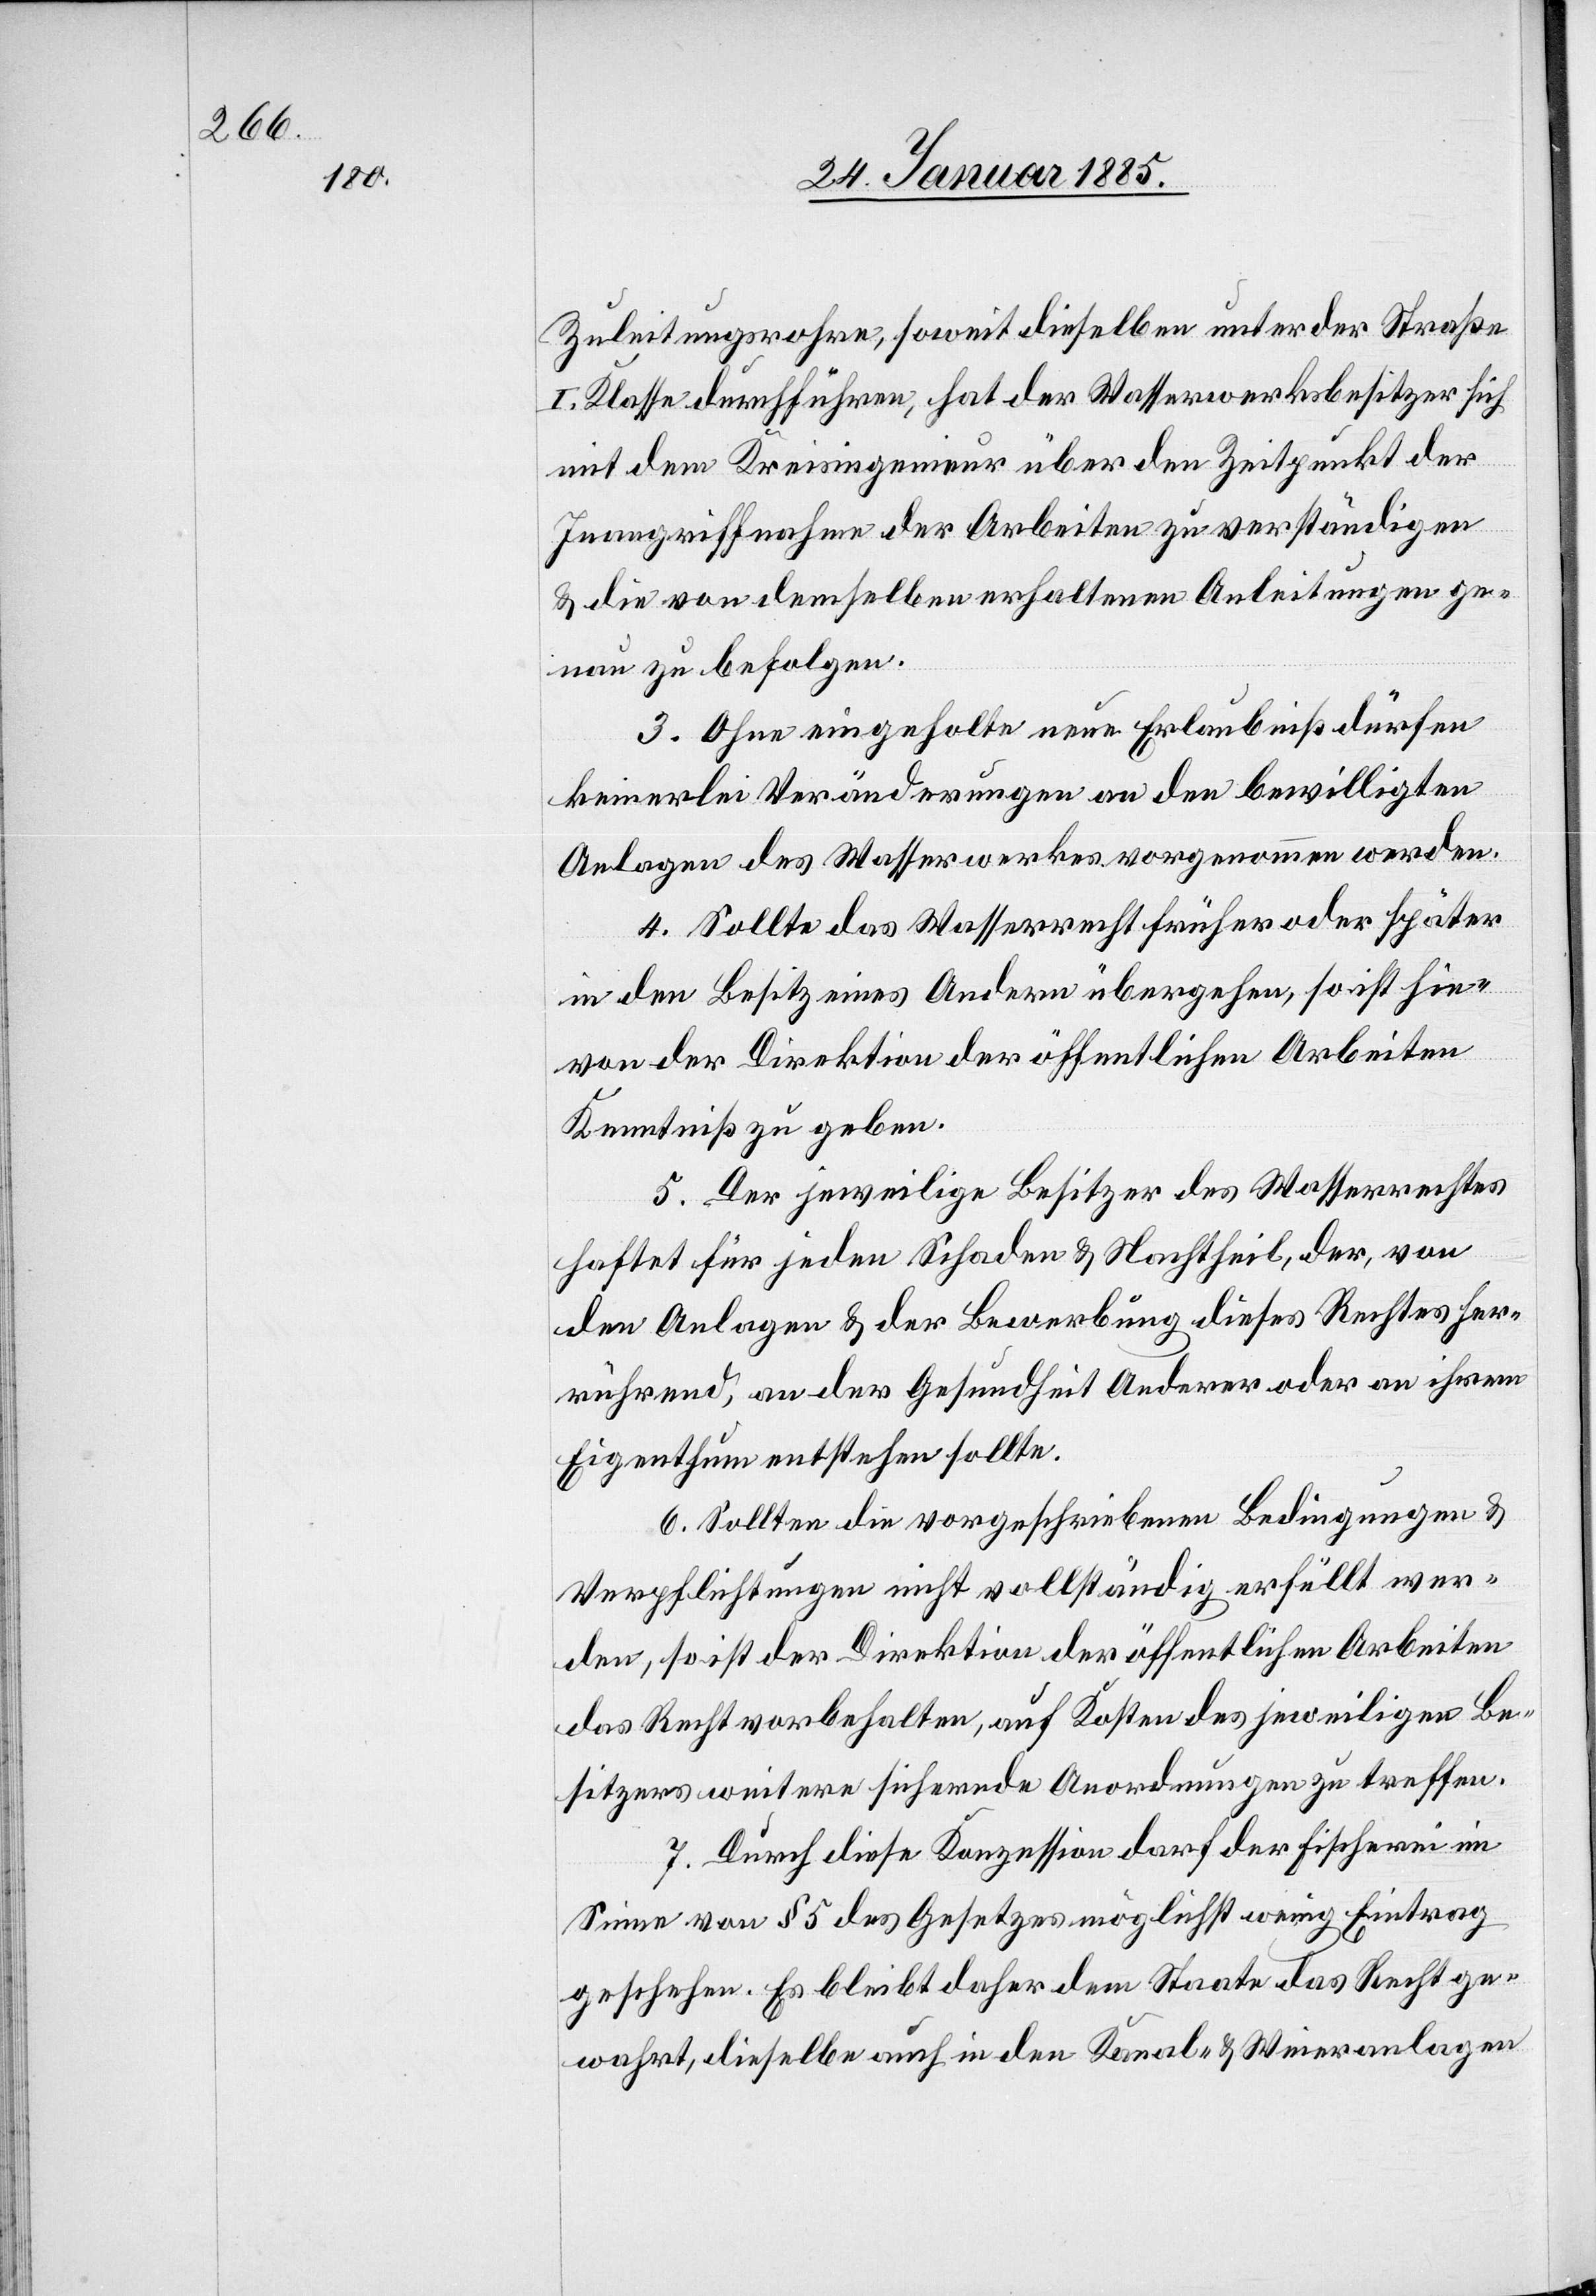
Zuleitungsohre, soweit dieselben unter der Straße
I. Klasse durchführen, hat der Wasserwerksbesitzer sich
mit dem Kreisingenieur über den Zeitpunkt der
Inangriffnahme der Arbeiten zu verständigen
& die von demselben erhaltenen Anleitungen ge¬
nau zu befolgen.
3. Ohne eingeholte neue Erlaubniß dürfen
keinerlei Veränderungen an den bewilligten
Anlagen des Wasserwerks vorgenommen werden.
4. Sollte das Wasserrecht früher oder später
in den Besitz eines Andern übergehen, so ist hie¬
von der Direktion der öffentlichen Arbeiten
Kenntniß zu geben.
5. Der jeweilige Besitzer des Wasserrechtes
haftet für jeden Schaden & Nachtheil, der, von
den Anlagen & der Bewerbung dieses Rechtes her¬
rührend, an der Gesundheit Anderer oder an ihrem
Eigenthum entstehen sollte.
6. Sollten die vorgeschriebenen Bedingungen &
Verpflichtungen nicht vollständig erfüllt wer¬
den, so ist der Direktion der öffentlichen Arbeiten
das Recht vorbehalten, auf Kosten des jeweiligen Be¬
sitzers weitere sichernde Anordnungen zu treffen.
7. Durch diese Konzession darf der Fischerei im
Sinne von § 5 des Gesetzes möglichst wenig Eintrag
geschehen. Es bleibt daher dem Staate das Recht ge¬
wahrt, dieselbe auch in den Kanal- & Weieranlagen